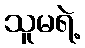
သူမရဲ့